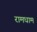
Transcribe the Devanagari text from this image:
रामधाम